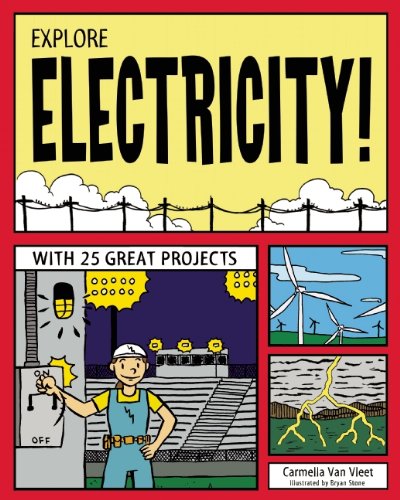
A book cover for EXPLORE ELECTRICITY!: WITH 25 GREAT PROJECTS (Explore Your World); Carmella Van Vleet; Children's Books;